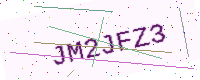
Text: JM2JFZ3